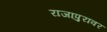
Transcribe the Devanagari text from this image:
राजापुरावर